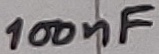
Text: 100nF